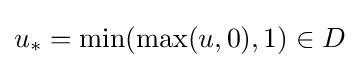
u_{*}=\min(\max(u,0),1)\in D